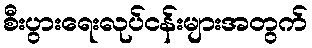
စီးပွားရေးလုပ်ငန်းများအတွက်